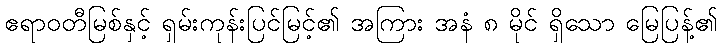
ဧရာဝတီမြစ်နှင့် ရှမ်းကုန်းပြင်မြင့်၏ အကြား အနံ ၈ မိုင် ရှိသော မြေပြန့်၏